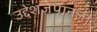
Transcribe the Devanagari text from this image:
उद्देशजपानला